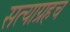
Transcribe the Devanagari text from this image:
सत्याग्रहच